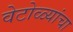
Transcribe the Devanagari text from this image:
वेटोळ्यांचा